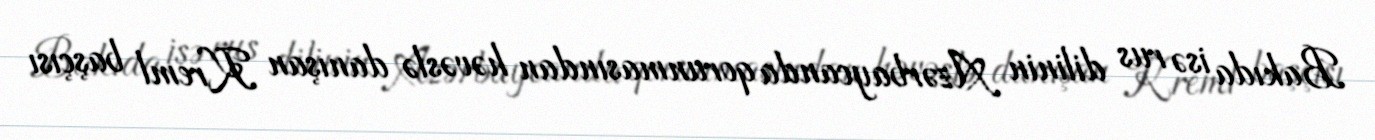
Bakıda isə rus dilinin Azərbaycanda qorunmasından həvəslə danışan Kreml başçısı